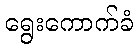
ရွေးကောက်ခံ